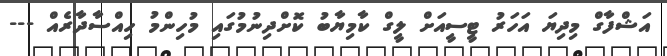
އަޝްފާގް މިދިޔަ އަހަރު ޓީސީއަށް ލީގް ކާމިޔާބު ކޮށްދިނުމުގައި މުހިންމު ހިއްސާދާރެއް ---